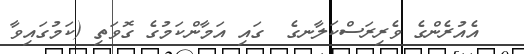
އެއުރެންގެ ވެރިރަސްކަލާނގެ  ގައި އަމާންކަމުގެ ގޮވަތި (ކަމުގައިވާ